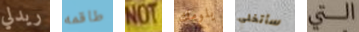
ريدلي طاقمه NOT يلومك سأتخلى التي